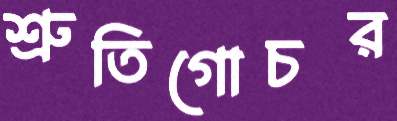
শ্রুতিগোচর